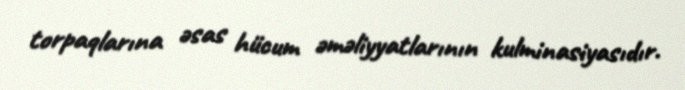
torpaqlarına əsas hücum əməliyyatlarının kulminasiyasıdır.